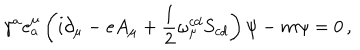
{ \gamma } ^ { a } e _ { a } ^ { \mu } \left( i \partial _ { \mu } - e A _ { \mu } + \frac { 1 } { 2 } \omega _ { \mu } ^ { c d } S _ { c d } \right) \psi - m \psi = 0 \, ,